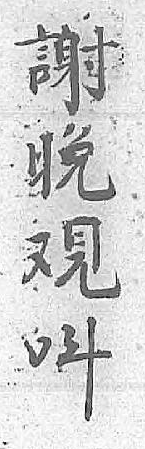
謝呌晚 覌